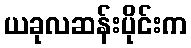
ယခုလဆန်းပိုင်းက